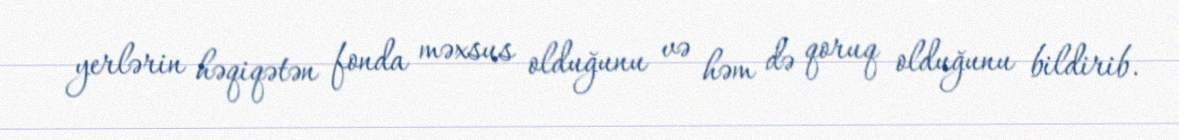
yerlərin həqiqətən fonda məxsus olduğunu və həm də qoruq olduğunu bildirib.